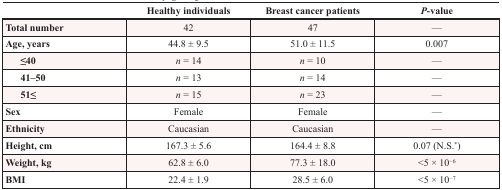
<table><thead><tr><td></td><td><b>Healthy individuals</b></td><td><b>Breast cancer patients</b></td><td><b><i>P</i>-value</b></td></tr></thead><tbody><tr><td><b>Total number</b></td><td>42</td><td>47</td><td>—</td></tr><tr><td><b>Age, years</b></td><td>44.8 ± 9.5</td><td>51.0 ± 11.5</td><td>0.007</td></tr><tr><td> <b>≤40</b></td><td><i>n</i> = 14</td><td><i>n</i> = 10</td><td>—</td></tr><tr><td> <b>41–50</b></td><td><i>n</i> = 13</td><td><i>n</i> = 14</td><td>—</td></tr><tr><td> <b>51≤</b></td><td><i>n</i> = 15</td><td><i>n</i> = 23</td><td>—</td></tr><tr><td><b>Sex</b></td><td>Female</td><td>Female</td><td>—</td></tr><tr><td><b>Ethnicity</b></td><td>Caucasian</td><td>Caucasian</td><td>—</td></tr><tr><td><b>Height, cm</b></td><td>167.3 ± 5.6</td><td>164.4 ± 8.8</td><td>0.07 (N.S.*)</td></tr><tr><td><b>Weight, kg</b></td><td>62.8 ± 6.0</td><td>77.3 ± 18.0</td><td>&lt;5 × 10<sup>−6</sup></td></tr><tr><td><b>BMI</b></td><td>22.4 ± 1.9</td><td>28.5 ± 6.0</td><td>&lt;5 × 10<sup>−7</sup></td></tr></tbody></table>